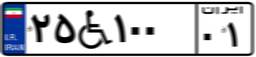
۲۵W۱۰۰۰۱